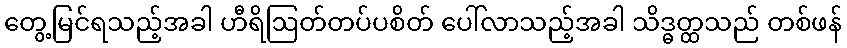
တွေ့မြင်ရသည့်အခါ ဟီရိဩတ်တပ်ပစိတ် ပေါ်လာသည့်အခါ သိဒ္ဓတ္ထသည် တစ်ဖန်